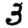
Digit: 3